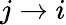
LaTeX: j\rightarrow i